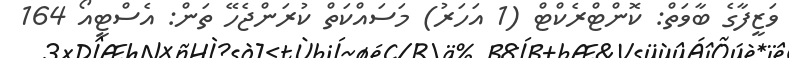
ވަޒީފާގެ ބާވަތް: ކޮންޓްރެކްޓް (1 އަހަރު) މަސައްކަތް ކުރަންޖެހޭ ތަން: އެސްޓީއޯ 164